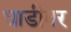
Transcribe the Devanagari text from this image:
धाडीवर